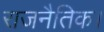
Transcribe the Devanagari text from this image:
राजनैतिक।